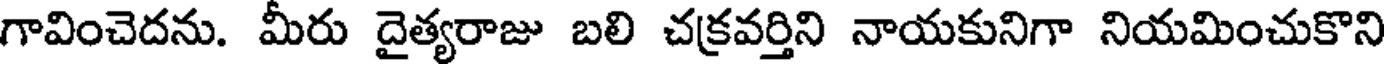
గావించెదను. మీరు దైత్యరాజు బలి చక్రవర్తిని నాయకునిగా నియమించుకొని